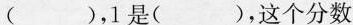
()，1是()，这个分数